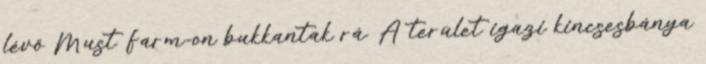
lévő Must Farm-on bukkantak rá. A terület igazi kincsesbánya